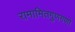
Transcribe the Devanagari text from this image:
रामामितगुणगणो